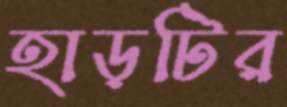
হাড়টির